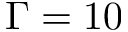
\Gamma = 1 0